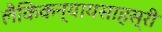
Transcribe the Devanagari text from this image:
लैकिकन्यायसाहस्री